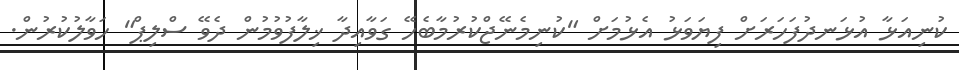
ކުނިއަޅާ އުޅަނދުފަހަރަށް ފިޔަވަޅު އެޅުމަށް "ކުނިމެނޭޖްކުރުމާބެހޭ ގަވާއިދާ ޚިލާފުވުމުން ދެވޭ ސްލިޕް" ހަވާލުކުރުން.